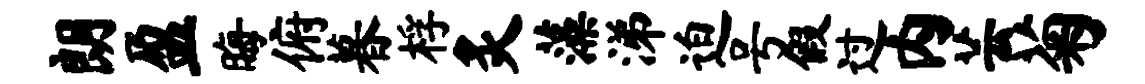
朗盈晦俯暮桴炙藻涕迫号假过内芸菊